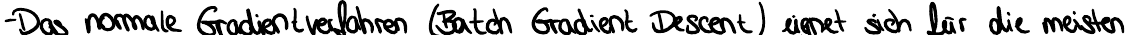
- Das normale Gradientenverfahren (Batch Gradient Descent) eignet sich für die meisten